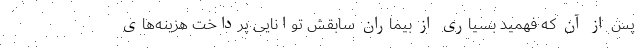
پس از آن که فهمید بسیاری از بیماران سابقش توانایی پرداخت هزینه‌های